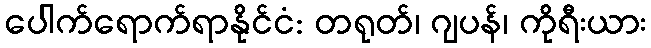
ပေါက်ရောက်ရာနိုင်ငံ: တရုတ်၊ ဂျပန်၊ ကိုရီးယား